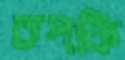
ঢপকি